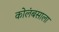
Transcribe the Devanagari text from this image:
कोलंबसाला